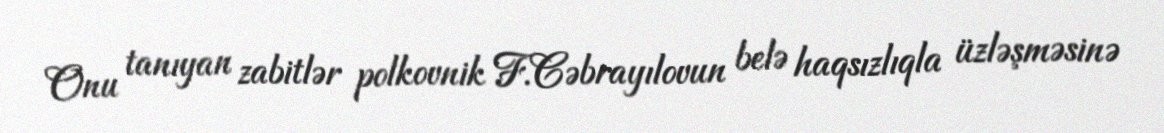
Onu tanıyan zabitlər polkovnik F.Cəbrayılovun belə haqsızlıqla üzləşməsinə